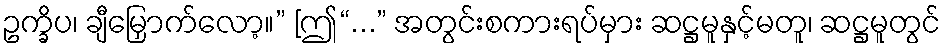
ဥက္ခိပ၊ ချီမြှောက်လော့။” [ဤ“...” အတွင်းစကားရပ်မှား ဆဋ္ဌမူနှင့်မတူ၊ ဆဋ္ဌမူတွင်